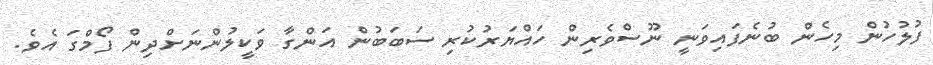
ފުލުހުން މިހެން ބުނެފައިވަނީ ނޫސްވެރިން ހައްޔަރުކުރި ސަބަބުން އަންގާ ވަކީލުންނަށްދިން ފޯމްގަ އެވެ.